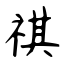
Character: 祺